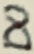
Text: D0